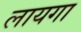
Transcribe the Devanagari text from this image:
लायगा